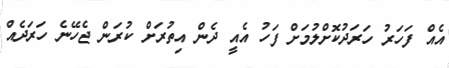
އެއް ފަހަރު ހަރަދުކޮށްލުމަށް ފަހު އެއީ ދެން އިތުރަށް ކުރަން ޖެހޭނެ ހަރަދެއް